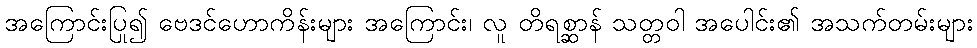
အကြောင်းပြု၍ ဗေဒင်ဟောကိန်းများ အကြောင်း၊ လူ တိရစ္ဆာန် သတ္တဝါ အပေါင်း၏ အသက်တမ်းများ